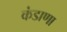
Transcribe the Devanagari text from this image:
कंडाणा